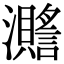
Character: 𤄧